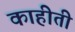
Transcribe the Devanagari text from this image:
काहीती